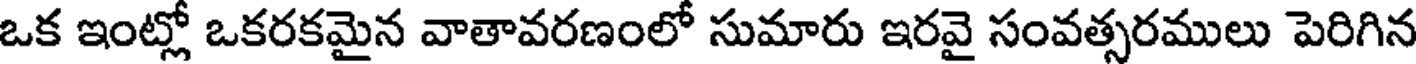
ఒక ఇంట్లో ఒకరకమైన వాతావరణంలో సుమారు ఇరవై సంవత్సరములు పెరిగిన